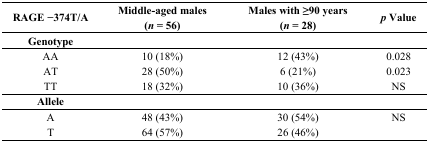
<table><thead><tr><td><b>RAGE –374T/A</b></td><td><b>Middle-aged males (<i>n</i> = 56)</b></td><td><b>Males with ≥90 years (<i>n</i> = 28)</b></td><td><b><i>p</i> Value</b></td></tr></thead><tbody><tr><td><b>Genotype</b></td><td></td><td></td><td></td></tr><tr><td>AA</td><td>10 (18%)</td><td>12 (43%)</td><td>0.028</td></tr><tr><td>AT</td><td>28 (50%)</td><td>6 (21%)</td><td>0.023</td></tr><tr><td>TT</td><td>18 (32%)</td><td>10 (36%)</td><td>NS</td></tr><tr><td><b>Allele</b></td><td></td><td></td><td></td></tr><tr><td>A</td><td>48 (43%)</td><td>30 (54%)</td><td>NS</td></tr><tr><td>T</td><td>64 (57%)</td><td>26 (46%)</td><td></td></tr></tbody></table>